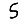
Digit: 5